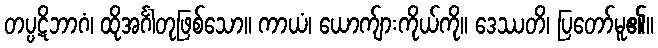
တပ္ပဋိဘာဂံ၊ ထိုအင်္ဂါတုဖြစ်သော။ ကာယံ၊ ယောက်ျားကိုယ်ကို။ ဒေဿတိ၊ ပြတော်မူ၏။